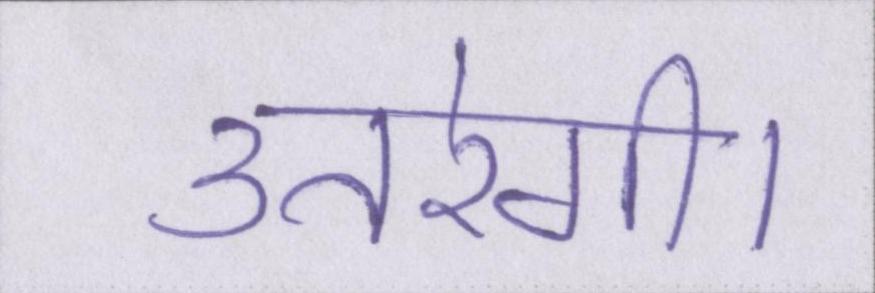
उतरेगी।